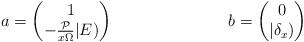
LaTeX: \begin{align*}a&=\begin{pmatrix}1\\-\frac{\mathcal{P}}{x \Omega}|E)\end{pmatrix}& b&=\begin{pmatrix}0\\|\delta_x)\end{pmatrix}\end{align*}